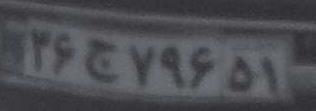
۳۶ج۷۶۹۵۱